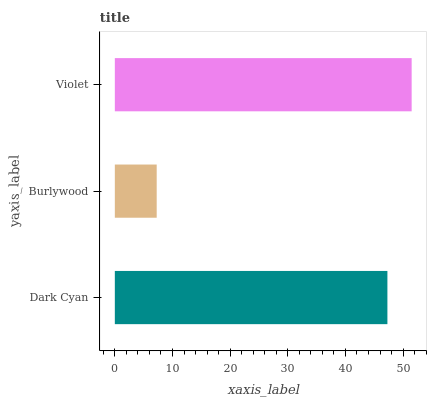
| yaxis_label | bars |
 | --- | --- |
 | Dark Cyan | 47.3 |
 | Burlywood | 7.26 |
 | Violet | 51.5 |